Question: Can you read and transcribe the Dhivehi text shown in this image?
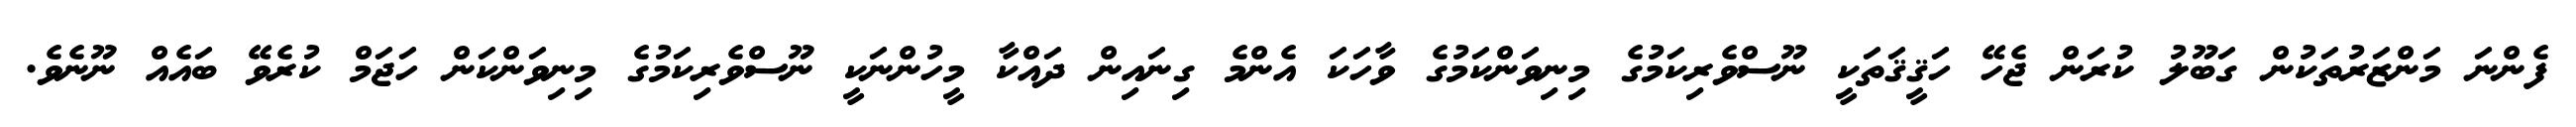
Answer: ފެންނަ މަންޒަރުތަކުން ގަބޫލު ކުރަން ޖެހޭ ހަޤީޤަތަކީ ނޫސްވެރިކަމުގެ މިނިވަންކަމުގެ ވާހަކަ އެންމެ ގިނައިން ދައްކާ މީހުންނަކީ ނޫސްވެރިކަމުގެ މިނިވަންކަން ހަޖަމް ކުރެވޭ ބައެއް ނޫނެވެ.